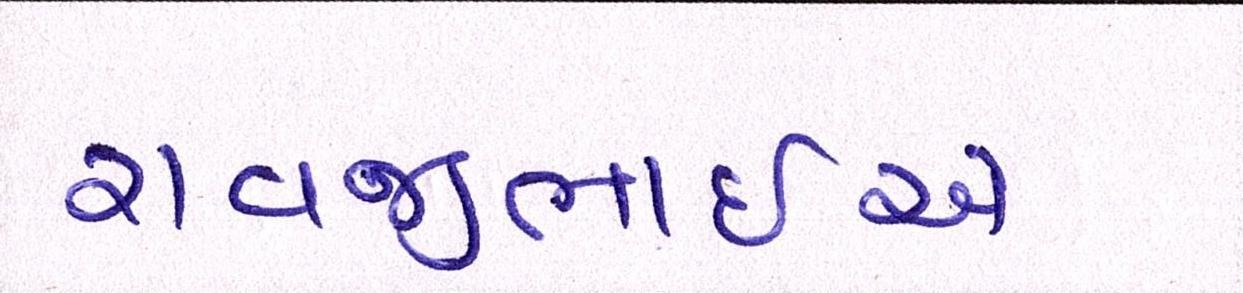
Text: રાવજીભાઈએ